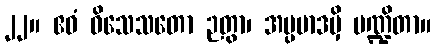
၂၂။ ဧဝံ ဝိသေသတော ဉတွာ၊ အပ္ပမာဒမှိ ပဏ္ဍိတာ။